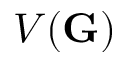
V ( \mathbf G )